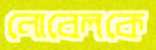
নোবেলকে